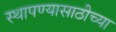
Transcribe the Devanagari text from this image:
स्थापण्यासाठीच्या